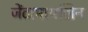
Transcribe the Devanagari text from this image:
जेंटामायसिन